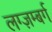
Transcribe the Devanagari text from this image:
लग्ज़म्बर्ग